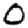
Digit: 0